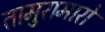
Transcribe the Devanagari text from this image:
तामुरामारो